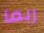
ربما